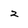
Character: 2